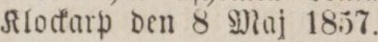
Klockarp den 8 Maj 1857.